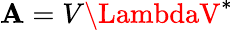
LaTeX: \mathbf{A}=V\LambdaV^{*}